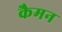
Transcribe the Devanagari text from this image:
कैमन